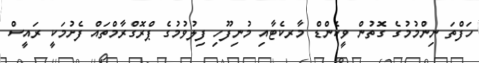
ހަފްތަ ނިންމުމުގެ ގޮތުން ވީކެންޑް މާރކެޓާއި މުނިފޫހި ފިލުވުމުގެ ޕްރޮގްރާމްތައް ފެށުމަކީ ރައީސް